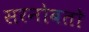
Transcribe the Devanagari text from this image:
सरनोबतो